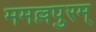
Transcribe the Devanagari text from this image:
ममल्लपुरम्